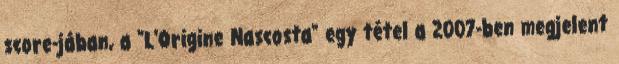
score-jában, a "L'Origine Nascosta" egy tétel a 2007-ben megjelent